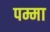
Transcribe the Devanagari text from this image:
पम्मा